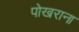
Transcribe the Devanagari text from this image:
पोखराना